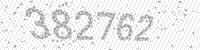
Solution: 382762